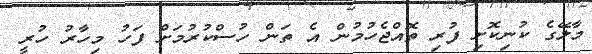
މާލޭގެ ކުނިކޮށި ފުރި ތޮއްޖެހުމުން އެ ތަން ހުސްކުރުމަށް ފަހު މިހާރު ހުރީ